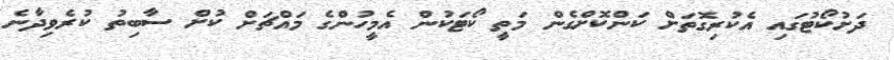
ދަށުކޯޓުގައި އެކުރިގޮތަށް ކަންކޮށްގެން މަތީ ކޯޓަކުން އެމީހުންގެ މައްޗަށް ކުށް ސާބިތު ކުރެވިދާނެ